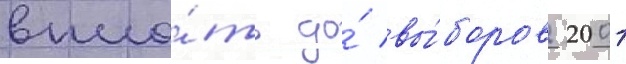
впло́ть до́ вы́боров 2001